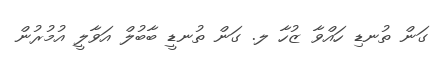
ގަން ތުނޑި ހައްވާ ޒުހާ ލ. ގަން ތުނޑީ ބާބުލް އަވާލީ އުމުރުން